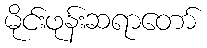
မိုင်းဖုန်းဆရာတော်